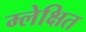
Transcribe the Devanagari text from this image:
म्लेक्षित